Annual report of the Punjab Veterinary College and of the Civil Veterinary Department, Punjab - 1926-1932
Year: 1926
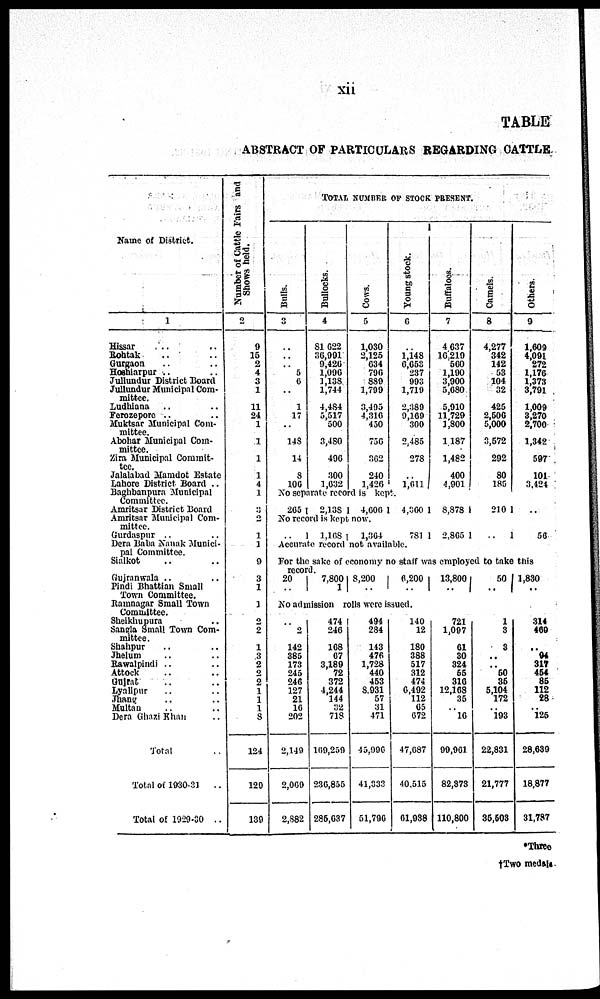
xii
TABLE
ABSTRACT OF PARTICULARS REGARDING CATTLE
Name of District.
1
Hissar .. ..
Rohtak .. ..
Gurgaon .. ..
Hoshiarpur .. ..
Jullundur District Board
Jullandur Municipal Com-
mittee.
Ludhiana .. ..
Ferozepore .. ..
Muktsar Municipal Com-
mittee.
Abohar Municipal Com¬
mittee.
Zira Municipal Commit-
----
Jalalabad Mamdot Estate
Lahore District Board ..
Baghbanpura Municipal
Committee.
Amritsar District Board
Amritsar Municipal Com-
mittee.
Gurdaspur .. ..
Dern Baba Nanak Munici-
pal Committee.
Sialkot .. ..
Gujranwala .. ..
Pindi Bhattian Small
Town Committee.
Ramnagar Small Town
Committee.
Sheikhupura ..
Sangia Small Town Com¬
mittee.
Shahpur .. ..
Jhelum .. ..
Rawalpindi .. ..
Attock .. ..
Gujrat .. ..
Lyallpur .. ..
Jhang .. ..
Multan .. ..
Dera Ghazi Khan ..
Total ..
Total of 1930-31
..
Total of 1929-30 ..
Number of Cattle Fairs and
Shows held.
2
9
15
2
4
3
1
11
24
1
1
1
1
4
1
3
2
1
1
9
3
1
1
2
2
1
3
2
2
2
1
1
1
8
124
129
139
TOTAL NUMBER OF STOCK PRESENT.
Bulls.
3
..
..
..
5
6
..
1
17
..
148
14
8
106
Bullocks.
4
81 622
36,991
9,426
1,096
1,138
1,744
4,484
5,517
500
3,480
496
300
1,032
Cows.
5
1,030
2,125
634
796
889
1,799
3,495
4,316
450
756
362
240
1,426
Young stock.
6
..
1,148
6,653
237
993
1,719
2,389
9,169
300
2,485
278
..
1,611
Buffalocs.
7
4,637
16,219
560
1,190
3,900
5,680
5,910
11,729
1,800
1 187
1,482
400
4,901
Camels.
8
4,277
342
142
58
104
32
425
2,506
5,000
3,572
292
80
185
Others.
9
1,609
4,091
272
1,176
1,373
3,791
1,009
3,270
2,700
1,342
597
101
3,424
No separate record is kept.
265
2,138
4,606
4,360
8,878
210 ..
No record is kept now.
..
1,168
1,364
781
2,865
..
50
Accurate record not available.
For the sake of economy no staff was employed to take this
record.
20
..
7,800
1
8,200
..
6,200
..
13,800
..
50
..
1,830
..
No admission rolls were issued.
..
2
142
385
173
245
246
127
21
16
202
2,149
2,069
2,882
474
246
108
67
3,189
72
372
4,244
144
32
718
169,259
236,856
286,037
494
284
143
476
1,728
440
453
8,931
57
31
471
45,996
41,333
51,796
140
12
180
388
517
312
474
6,492
112
65
672
47,687
40.515
61,988
721
1,097
61
30
324
55
316
12,168
35
.. 16
99,961
82,873
110,800
1
3
3
..
..
60
86
5,104
172
.. 193
22,831
21,777
35,508
314
469
..
94
317
464
86
112
28
.. 125
28,639
18,877
31,787
*Three
†Two medals